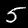
Label: 5